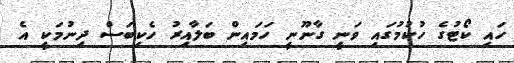
ހައި ކޯޓުގެ ހުކުމުގައި ވަނީ ގާނޫނީ ހަމައިން ބަލާއިރު ހެކިބަސް ދިނުމަކީ އެ